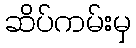
ဆိပ်ကမ်းမှ